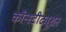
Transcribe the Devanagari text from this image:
कॉन्‍स्‍टीट्यूशन